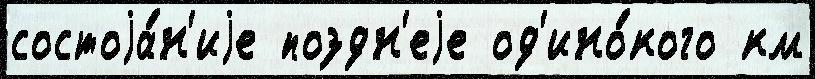
состоjа́н'иjе поздн'еjе од'ино́кого км